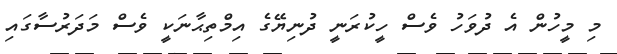
މި މީހުން އެ ދުވަހު ވެސް ހީކުރަނީ ދުނިޔޭގެ އިމްތިޙާނަކީ ވެސް މަދަރުސާގައި